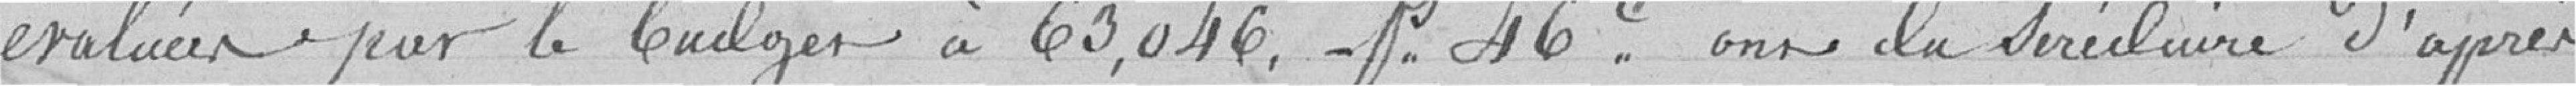
évaluées par le budget à 63,046 francs 46 centimes ont du se réduire d'après